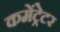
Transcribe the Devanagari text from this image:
कमेंट्रेटर